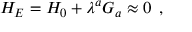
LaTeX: H _ { E } = H _ { 0 } + \lambda ^ { a } G _ { a } \approx 0 \, \, \, ,